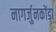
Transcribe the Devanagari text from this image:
नागर्जुनकोंडा